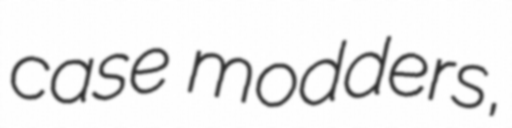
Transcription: case modders,